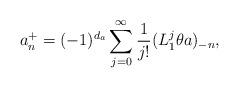
LaTeX: \begin{align*}a_n^+ = (-1)^{d_a} \sum_{j=0}^\infty \frac{1}{j!}(L_1^j\theta a)_{-n},\end{align*}